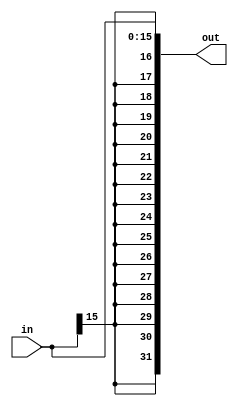
// Sign-extend
// extend bit from 16-bit to 32-bit

module Sign_extend ( in,
					 out );
					 
	input  [15:0] in;
	output [31:0] out;

	assign out = {{16{in[15]}},in};	// signed module
 
endmodule